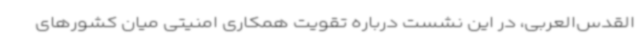
القدس‌العربی، در این نشست درباره تقویت همکاری امنیتی میان کشورهای